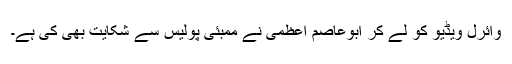
وائرل ویڈیو کو لے کر ابوعاصم اعظمی نے ممبئی پولیس سے شکایت بھی کی ہے۔